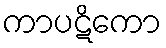
ကာပဋိကော